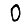
Digit: 0